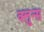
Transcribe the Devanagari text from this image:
क्लुन्स